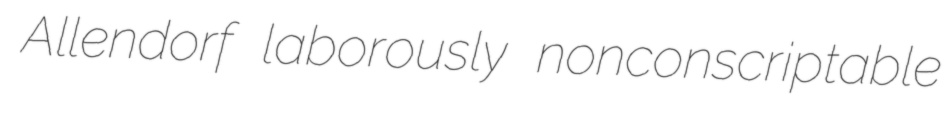
Allendorf laborously nonconscriptable